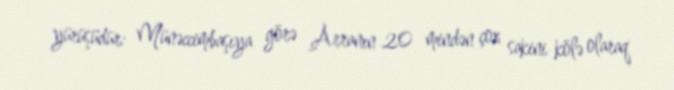
yürüşüdür: Münəccimbaşıya görə Arranın 20 mindən çox sakini kölə olaraq